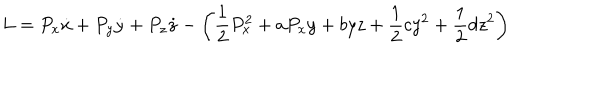
LaTeX: L = P _ { x } \dot { x } + P _ { y } \dot { y } + P _ { z } \dot { z } - \left( \frac { 1 } { 2 } P _ { x } ^ { 2 } + a P _ { x } y + b y z + \frac { 1 } { 2 } c y ^ { 2 } + \frac { 1 } { 2 } d z ^ { 2 } \right)